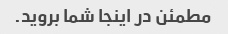
مطمئن در اینجا شما بروید.